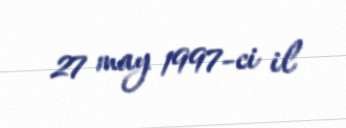
27 may 1997-ci il